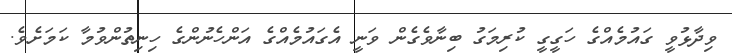
ވިދާޅުވީ ގައުމެއްގެ ހަގީގީ ކުރިމަގު ބިނާވެގެން ވަނީ އެގައުމެއްގެ އަންހެނުންގެ ހިނިތުންވުމާ ކަމަށެވެ.